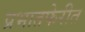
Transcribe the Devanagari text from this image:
प्रभातफेरीत